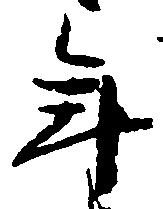
年